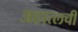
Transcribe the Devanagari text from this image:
अहात्लची